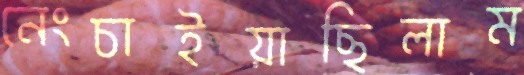
নেংচাইয়াছিলাম